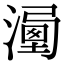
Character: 𣽔